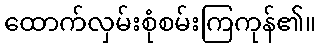
ထောက်လှမ်းစုံစမ်းကြကုန်၏။